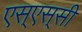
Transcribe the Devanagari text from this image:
एस्‌एस्‌सी